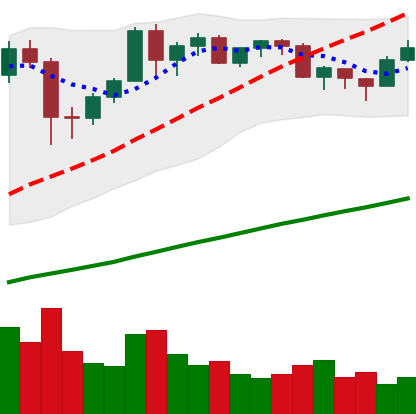
Ticker: BTC-USD
Chart end date: 2020-12-13
Forward return: 20.873%
Label: up_7plus